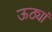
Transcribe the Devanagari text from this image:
ऊठ्यां